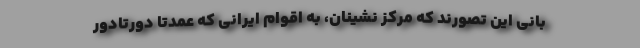
بانی این تصورند که مرکز نشینان، به اقوام ایرانی که عمدتاً دورتادور